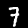
Digit: 7